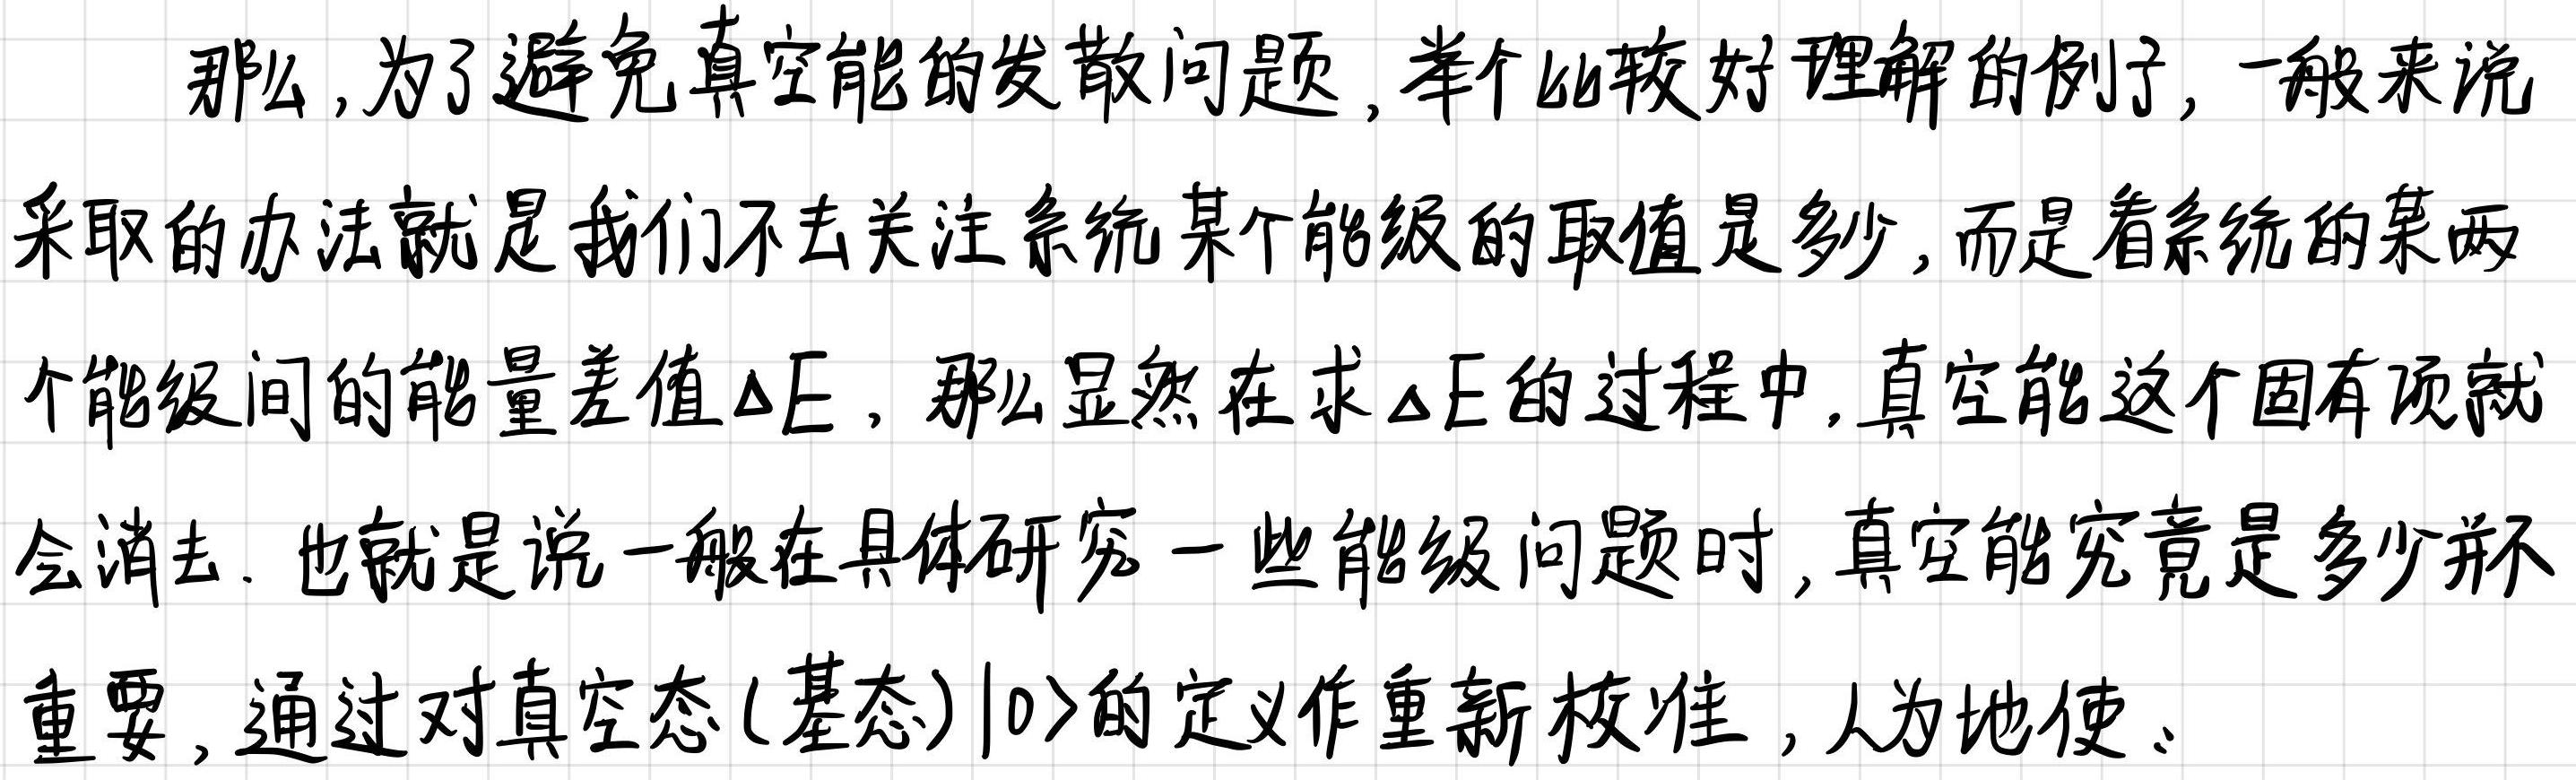
那么,为了避免真空能的发散问题,举个比较好理解的例子,一般来说采取的办法就是我们不去关注系统某个能级的取值是多少,而是看系统的某两个能级间的能量差值$\Delta E$,那么显然在求$\Delta E$的过程中,真空能这个固有项就会消去.也就是说一般在具体研究一些能级问题时,真空能究竟是多少并不重要,通过对真空态(基态)$|0\rangle$的定义作重新校准,人为地使、